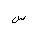
Letter: _sin